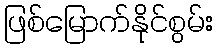
ဖြစ်မြောက်နိုင်စွမ်း